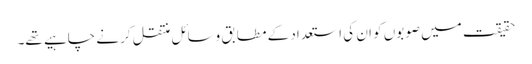
حقیقت میں صوبوں کو ان کی استعداد کے مطابق وسائل منتقل کرنے چاہیے تھے۔